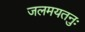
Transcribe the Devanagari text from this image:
जलमयतनुः